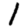
Digit: 1